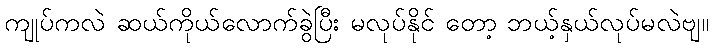
ကျုပ်ကလဲ ဆယ်ကိုယ်လောက်ခွဲပြီး မလုပ်နိုင် တော့ ဘယ့်နှယ်လုပ်မလဲဗျ။